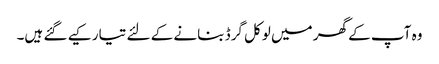
وہ آپ کے گھر میں لوکل گرڈ بنانے کے لئے تیار کیے گئے ہیں۔